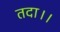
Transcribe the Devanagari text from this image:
तदा।।